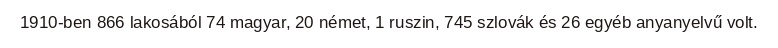
1910-ben 866 lakosából 74 magyar, 20 német, 1 ruszin, 745 szlovák és 26 egyéb anyanyelvű volt.